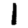
Digit: 1